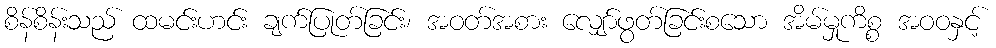
စိန်စိန်းသည် ထမင်းဟင်း ချက်ပြုတ်ခြင်း၊ အဝတ်အစား လျှော်ဖွတ်ခြင်းစသော အိမ်မှုကိစ္စ အဝဝနှင့်